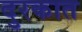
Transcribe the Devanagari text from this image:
दुरकात